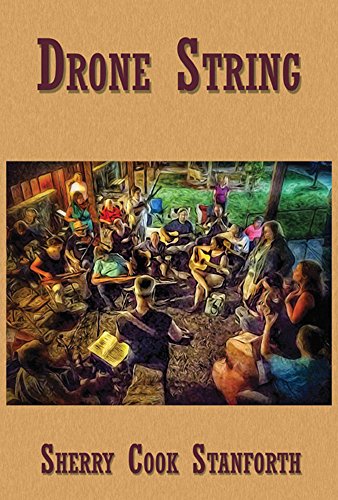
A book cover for Drone String: Poems; Sherry Cook Stanforth; Literature & Fiction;